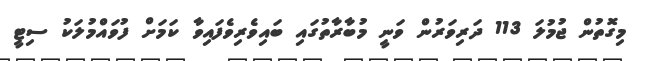
މިގޮތުން ޖުމުލަ 113 ދަރިވަރުން ވަނީ މުބާރާތުގައި ބައިވެރިވެފައިވާ ކަމަށް ފުވައްމުލަކު ސިޓީ